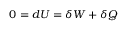
0 = d U = \delta W + \delta Q